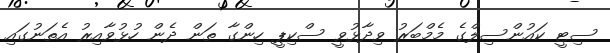
ސިޓީ ކައުންސިލްގެ މެމްބަރު ވިދާޅުވީ ސްކިޕީ ހިންގާ ތަން ދެން ހުޅުވާއިރު އެތަނުގައި